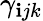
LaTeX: \gamma_{\mathbf{i}jk}